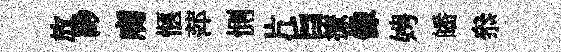
放緲膚愜萍惻片旨撩像娉皤叅